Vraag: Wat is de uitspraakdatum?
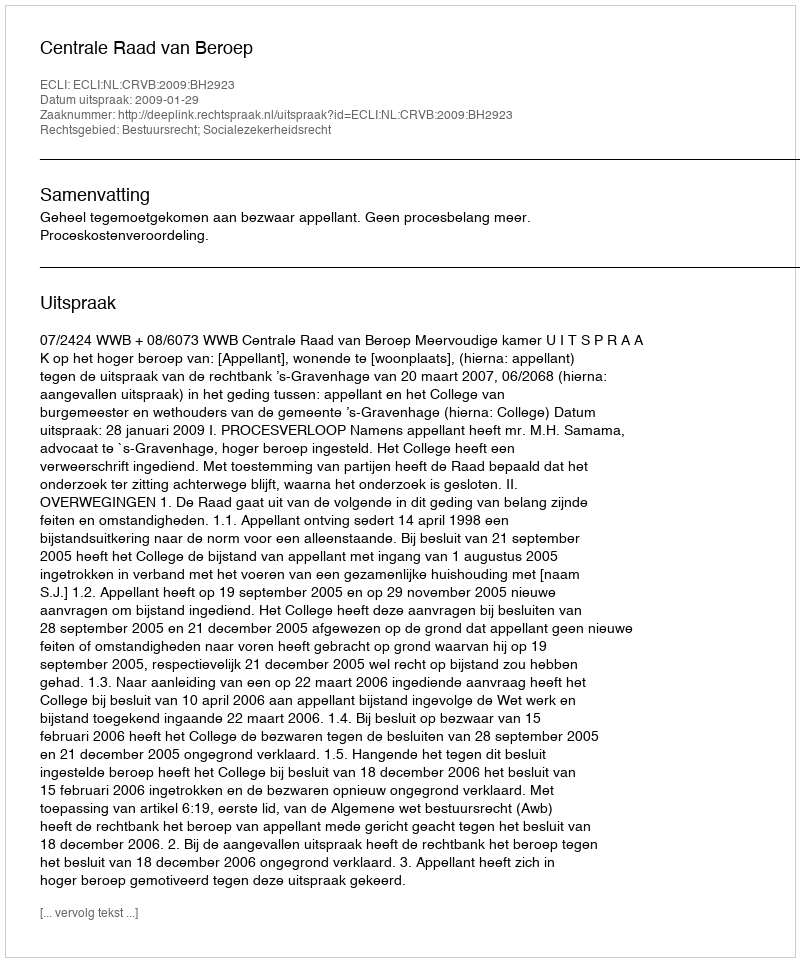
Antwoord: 2009-01-29